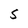
Character: S